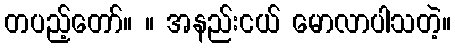
တပည့်တော်။ ။ အနည်းငယ် မောလာပါသတဲ့။